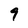
Character: 9